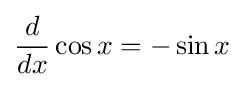
{\frac {d}{dx}}\cos x=-\sin x